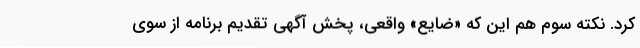
کرد. نکته سوم هم این که «ضایع» واقعی، پخش آگهی تقدیم برنامه از سوی